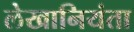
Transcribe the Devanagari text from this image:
लेखानियंता